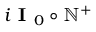
i \textbf { I } _ { 0 } \circ \mathbb { N } ^ { + }